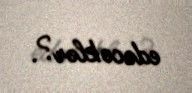
edəcəklər?.